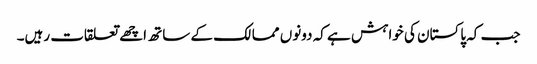
جب کہ پاکستان کی خواہش ہے کہ دونوں ممالک کے ساتھ اچھے تعلقات رہیں۔